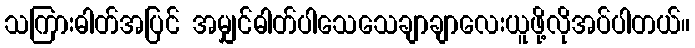
သကြားဓါတ်အပြင် အမျှင်ဓါတ်ပါသေသေချာချာလေးယူဖို့လိုအပ်ပါတယ်။